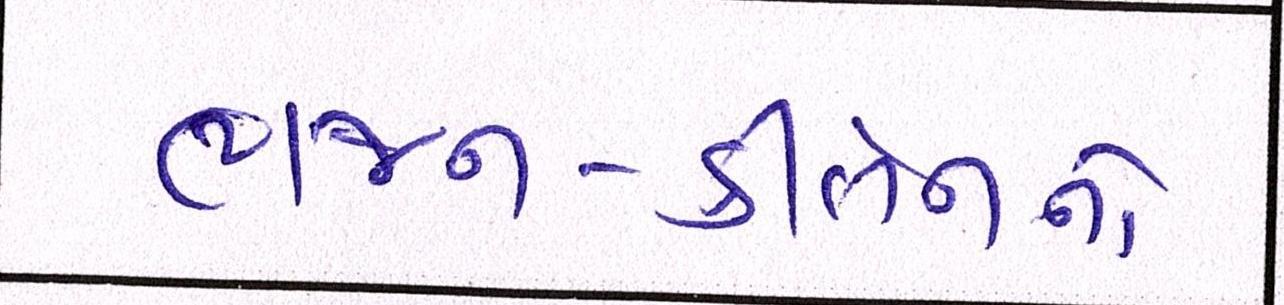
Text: ભજન-કીર્તનનો